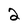
Character: 2